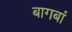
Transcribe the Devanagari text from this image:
बागबां